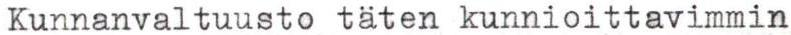
Kunnanvaltuusto täten kunnioittavimmin